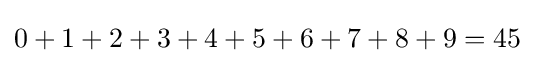
0+1+2+3+4+5+6+7+8+9=45